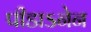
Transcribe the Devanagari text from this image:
पीडाऽनेन